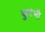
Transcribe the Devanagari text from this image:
कुरंभी